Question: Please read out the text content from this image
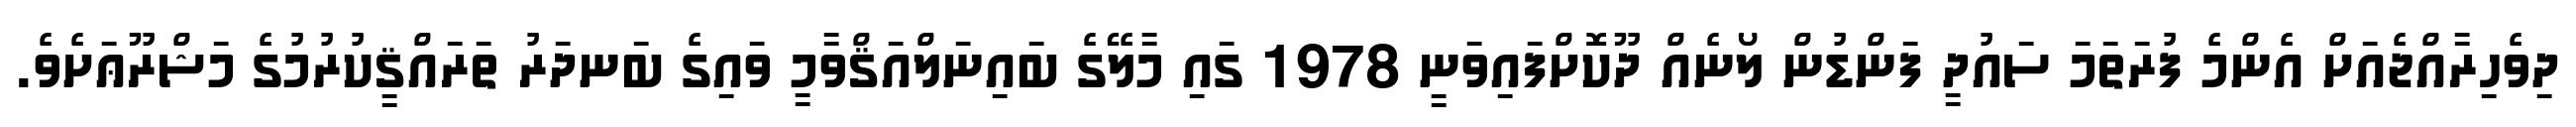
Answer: ދިވެހިރާއްޖެއަށް އެންމެ ފުރަތަމަ ސައުދީ ފަންޑުން ލޯނެއް ދޫކޮށްފައިވަނީ 1978 ގައި މާލޭގެ ބައިނަލްއަޤްވާމީ ވައިގެ ބަނދަރު ތަރައްޤީކުރުމުގެ މަޝްރޫޢަށެވެ.